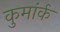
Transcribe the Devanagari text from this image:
कुमांर्क